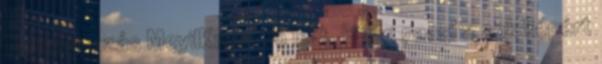
Tanktalpazás MeyilKree: Jó lett, külön pacsi a sok képért